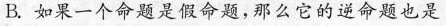
B.如果一个命题是假命题，那么它的逆命题也是